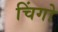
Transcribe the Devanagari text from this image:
चिंगो